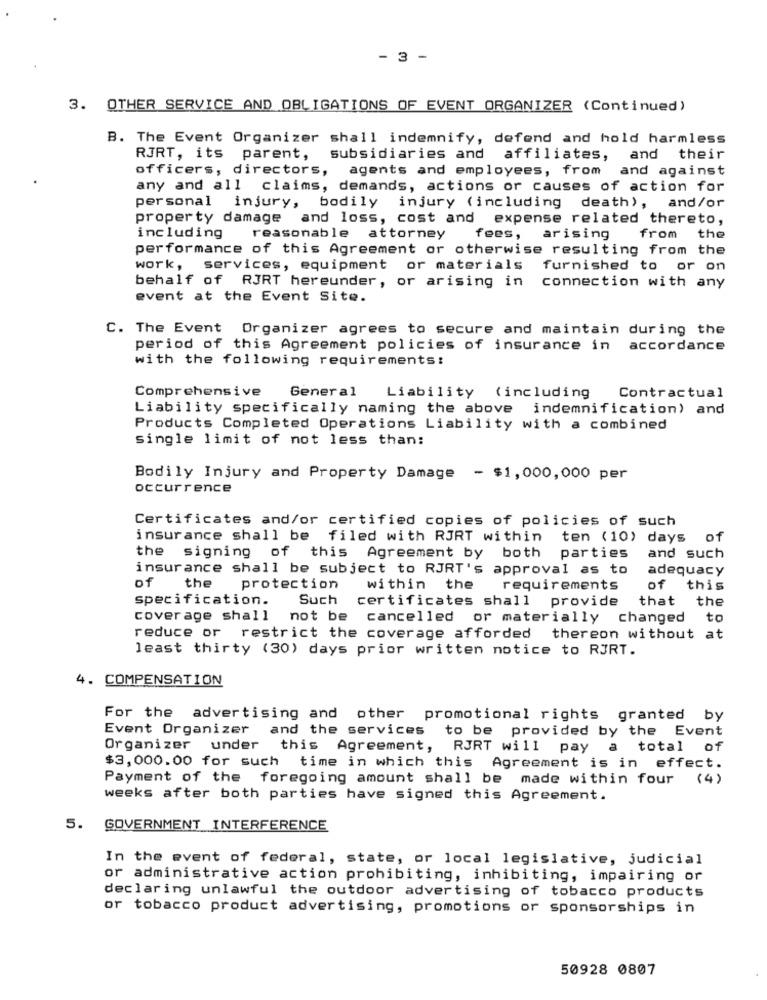
- 3 -
3. OTHER SERVICE AND OBLIGATIONS OF EVENT ORGANIZER (Continued)
B. The Event Organizer shall indemnify, defend and hold harmless
RJRT, its parent, subsidiaries and affiliates, and their
officers, directors, agents and employees, from and against
any and all claims, demands, actions or causes of action for
personal injury, bodily injury (including death), and/or
property damage and loss, cost and expense related thereto,
including
reasonable attorney
fees, arising
from the
performance of this Agreement or otherwise resulting from the
work, services, equipment or materials furnished to or on
behalf of RJRT hereunder, or arising in connection with any
event at the Event Site.
C. The Event Organizer agrees to secure and maintain during the
period of this Agreement policies of insurance in accordance
with the following requirements:
Comprehensive
General
Liability (including
Contractual
Liability specifically naming the above indemnification) and
Products Completed Operations Liability with a combined
single limit of not less than:
Bodily Injury and Property Damage - $1,000,000 per
occurrence
Certificates and/or certified copies of policies of such
insurance shall be filed with RJRT within
ten (10) days
of
parties
the signing of this Agreement by both
and such
insurance shall be subject to RJRT's approval as to
adequacy
of
the
protection
within the
requirements
of
this
specification.
Such
certificates shall provide
that
the
coverage shall
not be
cancelled or materially changed
to
reduce or restrict the coverage afforded
thereon without at
least thirty (30) days prior written notice to RJRT.
4. COMPENSATION
For the advertising and other promotional rights granted by
Event Organizer and the services
to be provided by the Event
Organizer under
this Agreement, RJRT will pay
a
total of
$3,000.00 for such time in which this Agreement is in effect.
Payment of the foregoing amount shall be made within four (4)
weeks after both parties have signed this Agreement.
5. GOVERNMENT INTERFERENCE
In the event of federal, state, or local legislative, judicial
or administrative action prohibiting, inhibiting, impairing or
declaring unlawful the outdoor advertising of tobacco products
or tobacco product advertising, promotions or sponsorships in
50928 0807